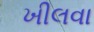
ખીલવા